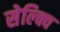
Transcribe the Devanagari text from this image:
सेल्क्वि